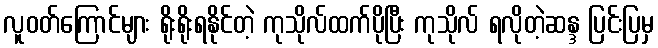
လူဝတ်ကြောင်များ ရိုးရိုးရနိုင်တဲ့ ကုသိုလ်ထက်ပိုပြီး ကုသိုလ် ရလိုတဲ့ဆန္ဒ ပြင်းပြမှ